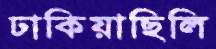
ঢাকিয়াছিলি